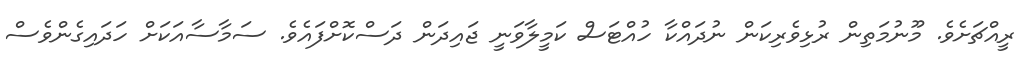
ރީއްޗަށެވެ. މޫނުމަތިން ރުޅިވެރިކަން ނުދައްކާ ހުއްޓަސް ކަމީލާވަނީ ޖައިދަން ދަސްކޮށްފައެވެ. ސަމާސާއަކަށް ހަދައިގެންވެސް